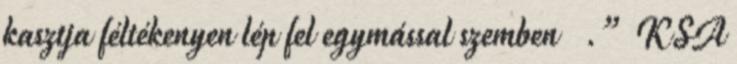
kasztja féltékenyen lép fel egymással szemben .” KSA